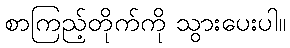
စာကြည့်တိုက်ကို သွားပေးပါ။